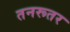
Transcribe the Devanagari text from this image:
तनरूतर